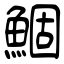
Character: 鯝